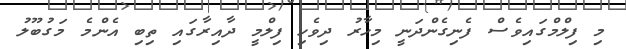
މި ފިލްމްގައިވެސް ފެނިގެންދަނީ މިހާރު ދިވެހި ފިލްމީ ދާއިރާގައި ތިބި އެންމެ މަގުބޫލު